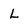
Character: L